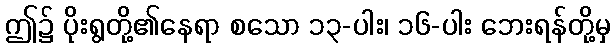
ဤ၌ ပိုးရွတို့၏နေရာ စသော ၁၃-ပါး၊ ၁၆-ပါး ဘေးရန်တို့မှ